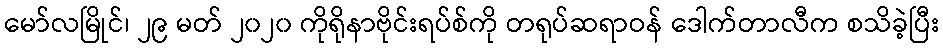
မော်လမြိုင်၊ ၂၉ မတ် ၂၀၂၀ ကိုရိုနာဗိုင်းရပ်စ်ကို တရုပ်ဆရာဝန် ဒေါက်တာလီက စသိခဲ့ပြီး